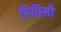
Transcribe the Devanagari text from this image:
पिविसी